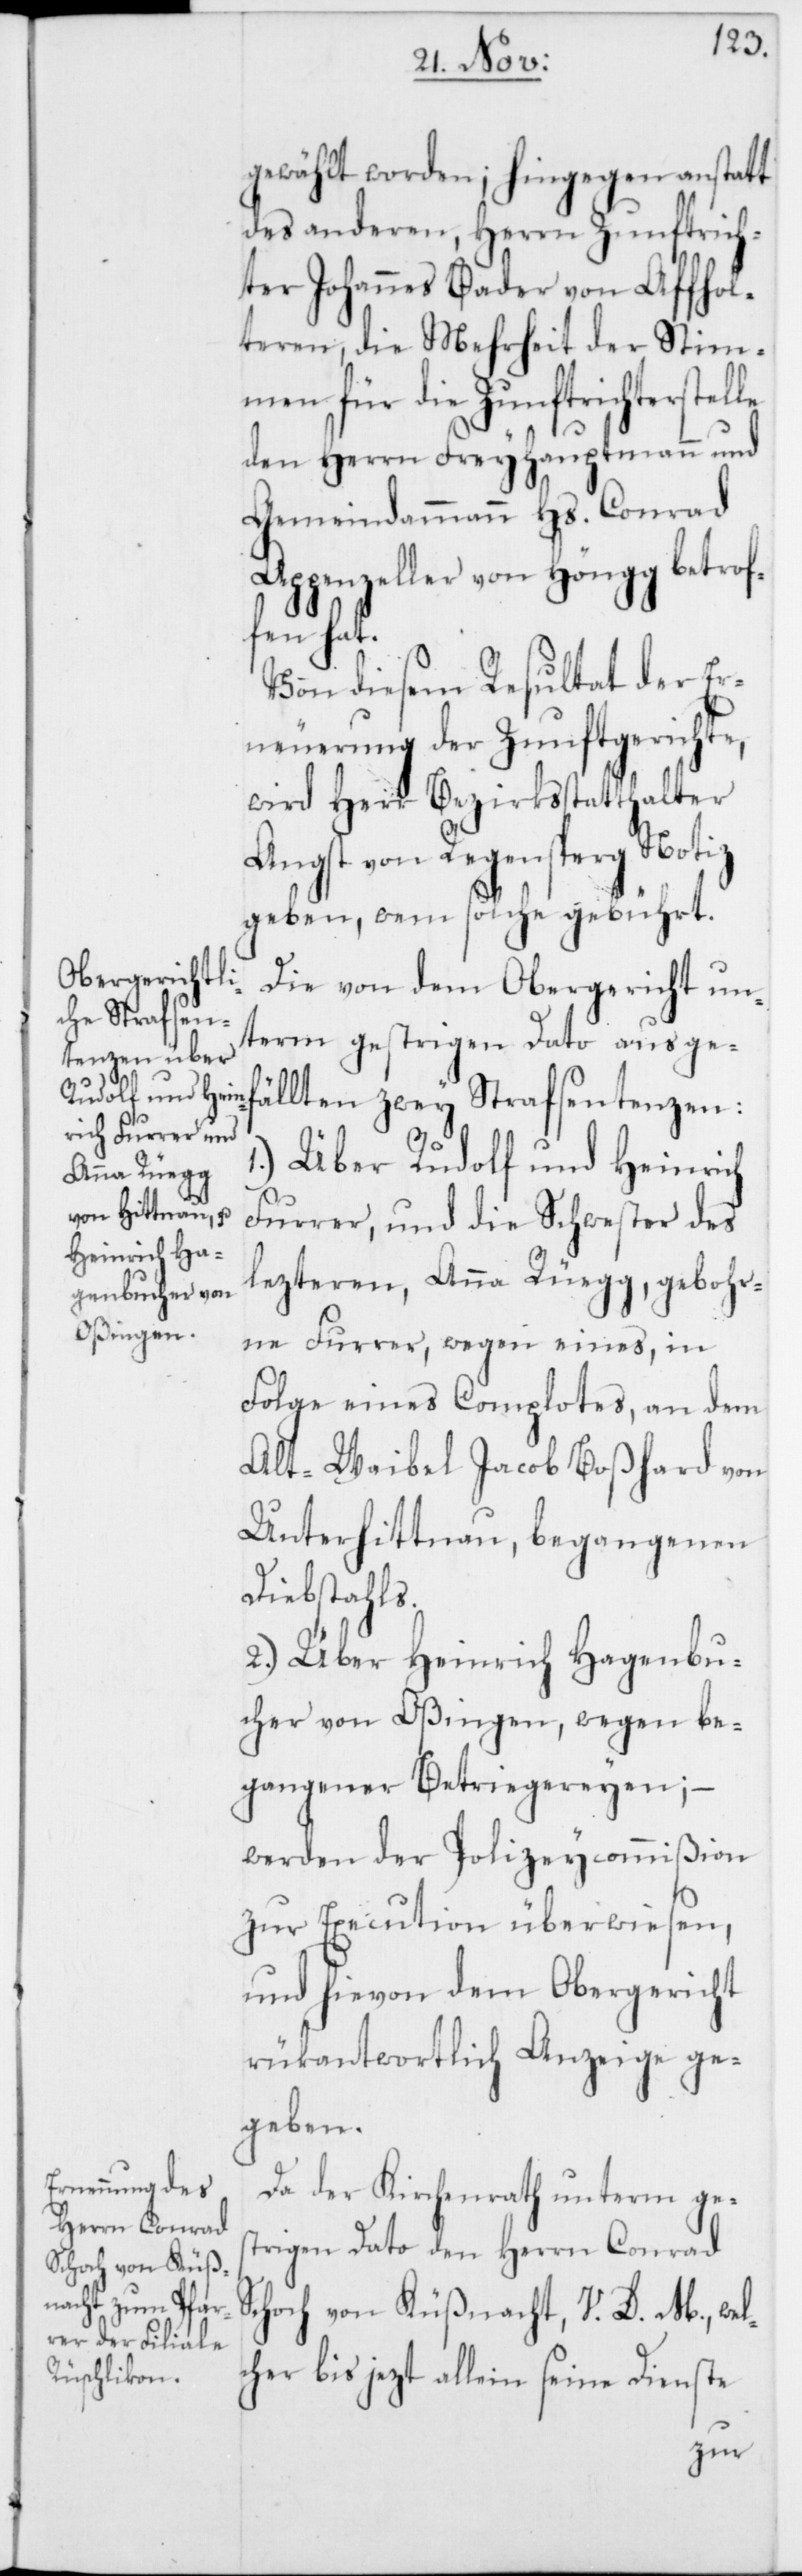
gewählt worden; hingegen anstatt
des anderen, Herrn Zunftrich¬
ter Johannes Bader von Affhol¬
teren, die Mehrheit der Stim¬
men für die Zunftrichterstel¬
des Herrn Freyhauptmann und
Gemeindammann Hs. Conrad
Appenzeller von Höngg betrof¬
fen hat.
Von diesem Resultat der Er¬
neuerung der Zunftgerichte,
wird Herr Bezirksstatthalter
Angst von Regensperg Notiz
geben, wem solche gebührt.
Die von dem Obergericht un¬
term gestrigen Dato ausgef¬
ällten zwey Strafsentenzen:
1.) Über Rudolf und Heinrich
Furrer, und die Schwester des
lezteren, Anna Rüegg, gebohr¬
ne Furrer, wegen eines, in
Folge eines Complotes, an dem
Alt-Waibel Jacob Boßhard von
Unterhittnau, begangenen
Diebstahls.
2.) Über Heinrich Hagenbu¬
cher von Oßingen, wegen be¬
gangener Betriegereyen;
werden der Polizeycommißion
zur Execution überwiesen,
und hievon dem Obergericht
rükantwortlich Anzeige ge¬
geben.
Da der Kirchenrath unterm ges¬
trigen Dato den Herrn Conrad
Schoch von Küßnacht, V. D. M., wel¬
cher bis jezt allein seine Dienste
le